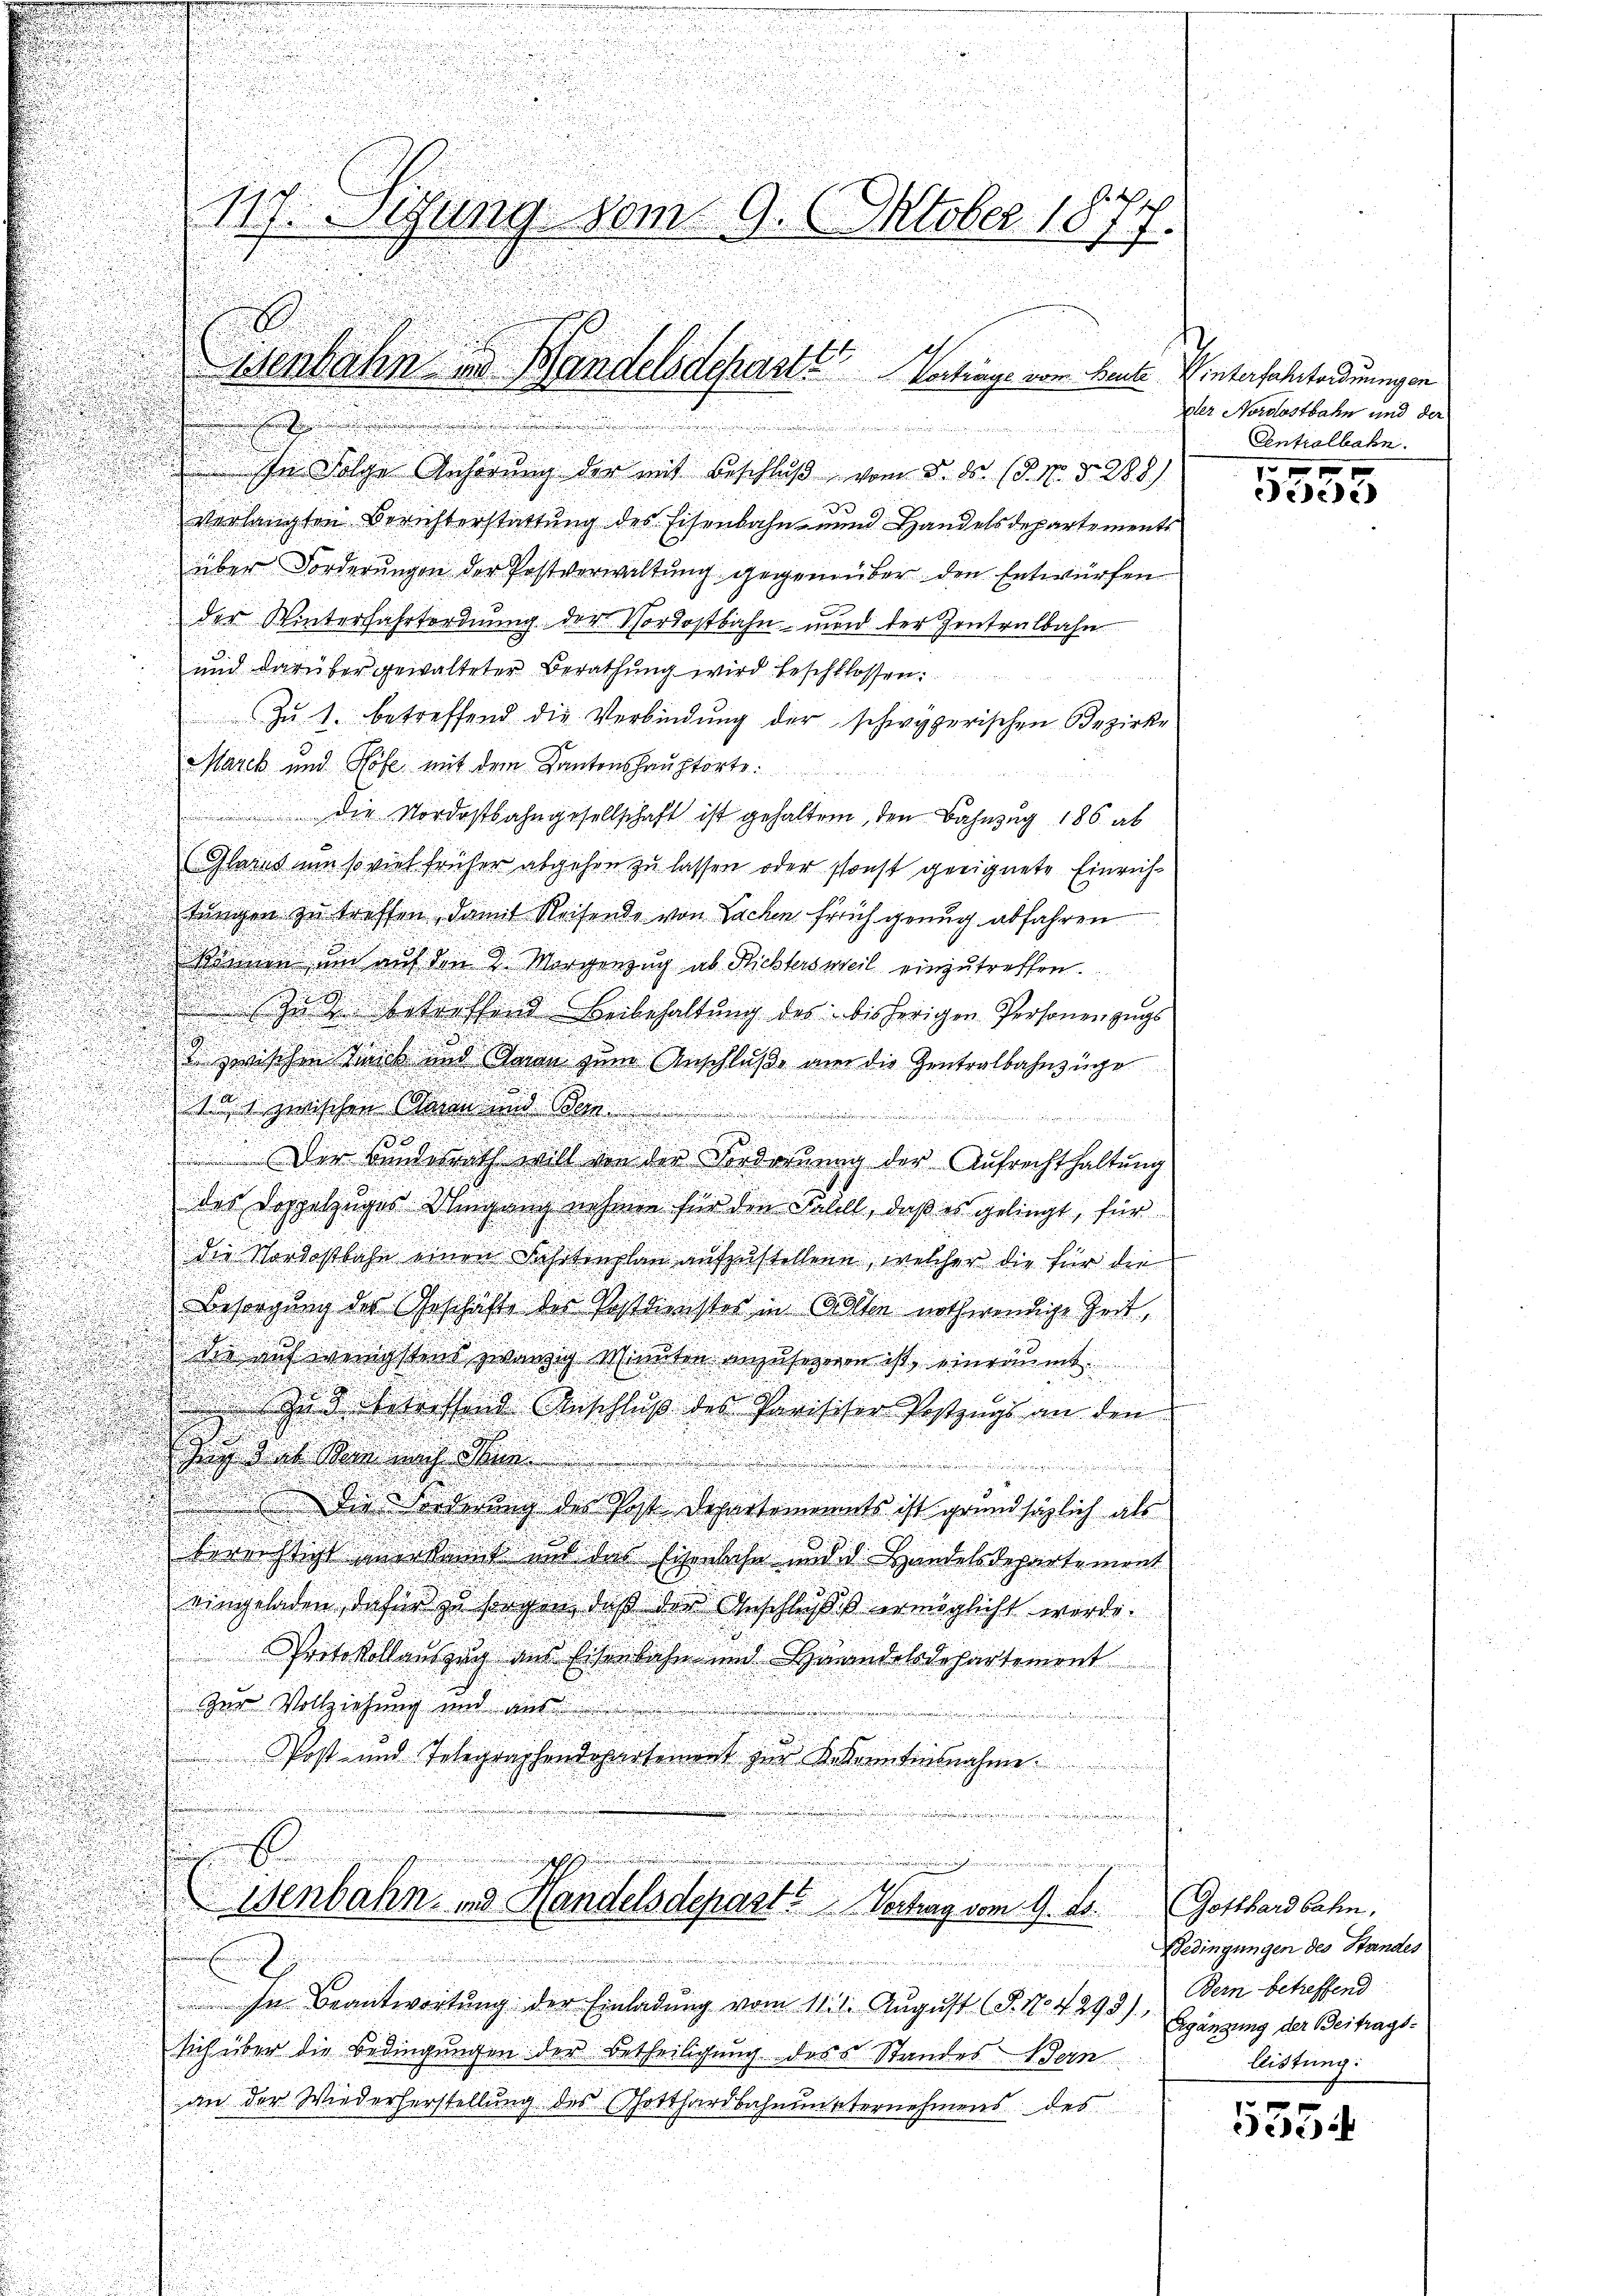
.

117. Setzung vom 9. Oktober 1877.

n

.

In Folge Anhörung der mit Beschluß vom 5. ds. (d. h. d. 288)
verlangten Berichterstattung des Eisenbahn- und Handelsdepartements
über Forderungen der Postverwaltung gegenüber den Entwürfen
der Winterfahrtordnung der Vordostbahn- und der Zentralbahn
und darüber gewalteter Berathung wird beschlossen:
Zu 1. betreffend die Verbindung der schwyzerischen Bezirke
Marck und Höfe mit dem Kantonshauptorte.
 die Nordostbahngesellschaft ist gehalten, den Bahnzug 186 ab
(Glarus um so viel früher abgehen zu lassen oder sonst geeignete Einrichtungen zu treffen, damit Reisende von Sachen früh genug abfahren
können um auf den 8. Morgenzug ab Richtersweil einzutreffen.
Zu betreffend Beibehaltung des bisherigen Personenzugs
g
u zwischen Trunk und Garan zum Anschluße wir die Zentralbahnzüge
at zwischen Mann und die
e
.

 Der Bundesrath will von der Vorderung der Aufrechthaltung
des Doppelzuges Umgang nehmen für den Falell, daß es gelingt, für
die Nordostbahn einen Fahrtenplan aufzustellene, welcher die für die
Besorgung des Geschäfte der Postdenstes in Olten nothwendige Zeit,
der auf wenigstens zwanzig Minuten anzuseheren ist, einräumt.
Zud Betreffend Anschluß des Parisiser Pestzugs an den
ging mit demnach dem
Die Forderung des Post Departemonats ist grundsätzlich als
bereichtigt wirkennt und das Einlache und d. Handelsdepartement
eingeladen, dafür zu sorgen, daß der Anschliggis ermöglicht werde.
Protokollauszug aus Eisenbahn und Handelsdepartement
Zur Vollziehung und auf
e
Post- und Telegraphendepartement zŭr Bekanntensnahme.
a
5
e
n
insendung un
Wenbahn, und Handelsdepart? Vertrag vom 9. ds.
n
In Beantwortŭng der Einladŭng vom 11. Aŭgŭst (S. Nr. 4293), Ggänzung der Beitrags-
sich über die Bedingungen der Betheiligung des Standes Bern
an der Wiederherstellung des Gotthardbahnunternehmens des

senbahn in Bandelsdeperste Vortrings vom Baute. Unterhaltordnungen

Der Nordostbahn und der
Centralbahn.

1355

Gotthardbahn.
Bedingungen des Standes
Bern betreffend
leistung:

5354